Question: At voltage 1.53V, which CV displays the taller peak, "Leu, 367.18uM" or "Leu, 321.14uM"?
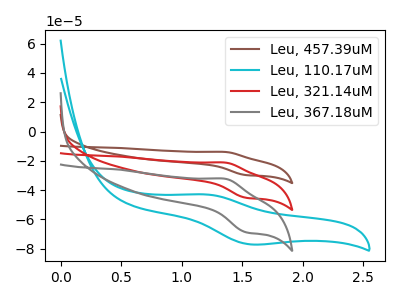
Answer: <think>The brown curve "Leu, 457.39uM" has an anodic peak at (1.35V, -42.45uA) and a cathodic peak at (1.55V, -90.45uA). The cyan curve "Leu, 110.17uM" has an anodic peak at (1.20V, -42.95uA) and a cathodic peak at (1.55V, -77.10uA). The red curve "Leu, 321.14uM" has an anodic peak at (1.35V, -21.25uA) and a cathodic peak at (1.55V, -45.20uA). The gray curve "Leu, 367.18uM" has an anodic peak at (1.35V, -32.30uA) and a cathodic peak at (1.55V, -68.75uA).</think>
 <answer>The peak at 1.53V is higher in "Leu, 367.18uM" than in "Leu, 321.14uM".</answer>
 <eval>higher</eval>